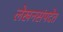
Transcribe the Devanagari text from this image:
लेखनसंपदेत